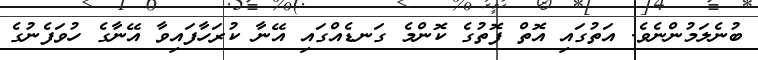
ބުނެލަމުންނެވެ. އަތުގައި އޮތް ފޮތުގެ ކޮންމެ ގަނޑެއްގައި އޭނާ ކުރަހާފައިވާ އޭނާގެ ހުވަފެނުގެ